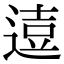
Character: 𨔦